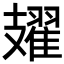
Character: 𫾥